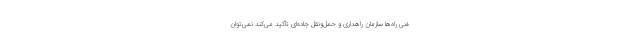
فنی راه‌ها سازمان راهداری و حمل‌ونقل جاده‌ای تأکید می‌کند نمی‌توان